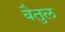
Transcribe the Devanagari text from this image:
वैतुल